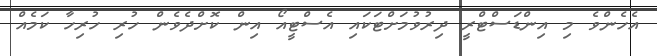
އެހެންވެ މި އިންޑަސްޓްރީ ދިރުވުމަށްޓަކައި އެސްޓީއޯ އިން ކޮށްދެވެން ހުރި ހުރިހާ ކަމެއް